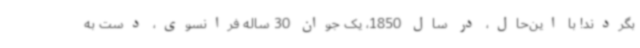
بگردند! با این‌حال، در سال 1850، یک جوان 30 ساله فرانسوی، دست به